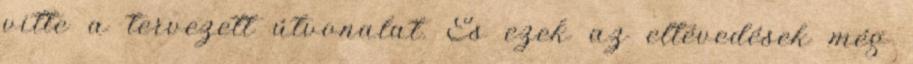
vitte a tervezett útvonalat. És ezek az eltévedések még